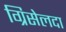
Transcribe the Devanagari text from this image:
ग्रिसेलदा